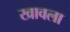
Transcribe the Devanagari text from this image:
खावला